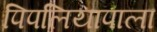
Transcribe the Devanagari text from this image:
पिपलियापाला